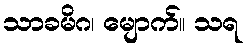
သာခမိဂ၊ မျောက်။ သရ